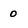
Character: 0